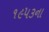
૧૯૫૩ના